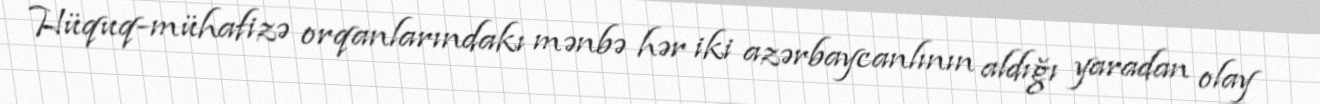
Hüquq-mühafizə orqanlarındakı mənbə hər iki azərbaycanlının aldığı yaradan olay